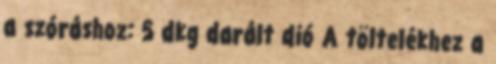
a szóráshoz: 5 dkg darált dió A töltelékhez a